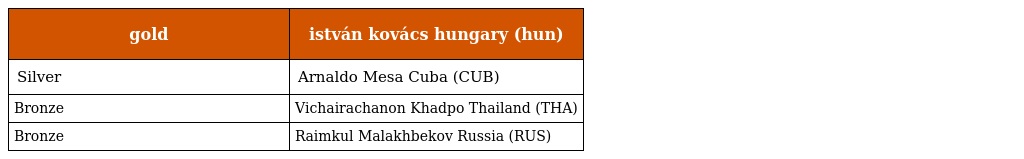
| gold | istván kovács hungary (hun) |
 | --- | --- |
 | Silver | Arnaldo Mesa Cuba (CUB) |
 | Bronze | Vichairachanon Khadpo Thailand (THA) |
 | Bronze | Raimkul Malakhbekov Russia (RUS) |